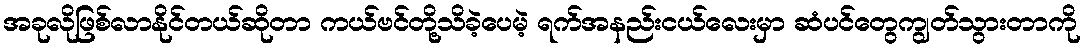
အခုလိုဖြစ်လာနိုင်တယ်ဆိုတာ ကယ်ဗင်တို့သိခဲ့ပေမဲ့ ရက်အနည်းငယ်လေးမှာ ဆံပင်တွေကျွတ်သွားတာကို